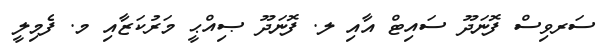
ސަރވިސް ފޮނަދޫ ސައިޓް އާއި ލ. ފޮނަދޫ ޞިއްޙީ މަރުކަޒާއި މ. ފެމިލީ